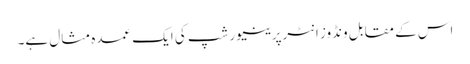
اس کے مقابل ونڈوز انٹرپرینیورشپ کی ایک عمدہ مثال ہے۔